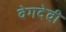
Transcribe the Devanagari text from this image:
वेगदेवी